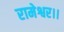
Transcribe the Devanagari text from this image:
रामेश्वर।।